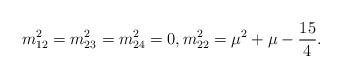
LaTeX: \begin{align*}m^{2}_{12} = m^{2}_{23} = m^{2}_{24} = 0, m^{2}_{22} = \mu^{2} + \mu -\frac{15}{4}.\end{align*}